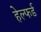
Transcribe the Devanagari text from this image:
हेल्फर्ड